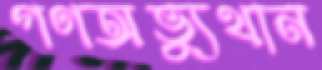
গণঅভ্যুথান